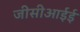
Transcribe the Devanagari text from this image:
जीसीआईई